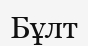
Бұлт